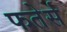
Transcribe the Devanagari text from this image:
फतेर्स